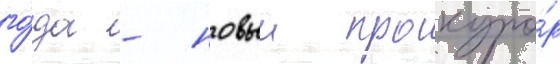
го́да - новыи прокуро́р